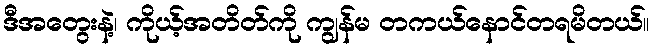
ဒီအတွေးနဲ့၊ ကိုယ့်အတိတ်ကို ကျွန်မ တကယ်နောင်တရမိတယ်။